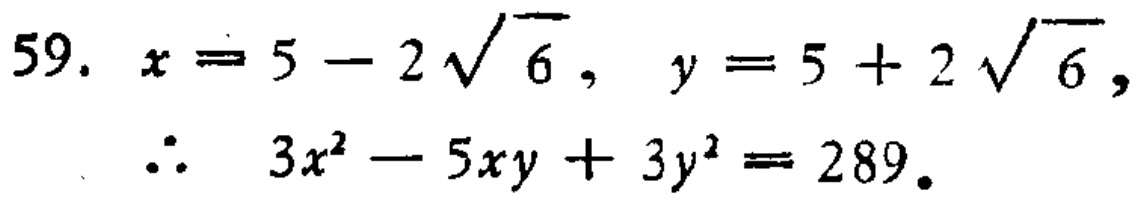
59. \(x = 5 - 2\sqrt{6}\), \(y = 5 + 2\sqrt{6}\),

\(\therefore\) \(3x^{2} - 5xy + 3y^{2} = 289\).